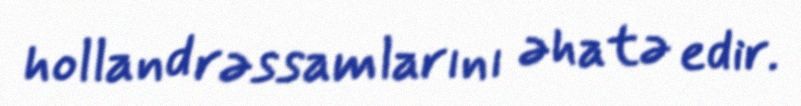
holland rəssamlarını əhatə edir.